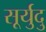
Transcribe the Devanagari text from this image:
सूर्युदु